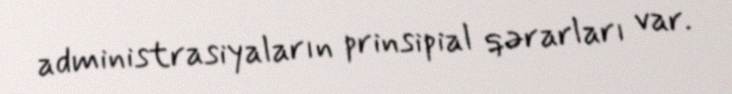
administrasiyaların prinsipial qərarları var.